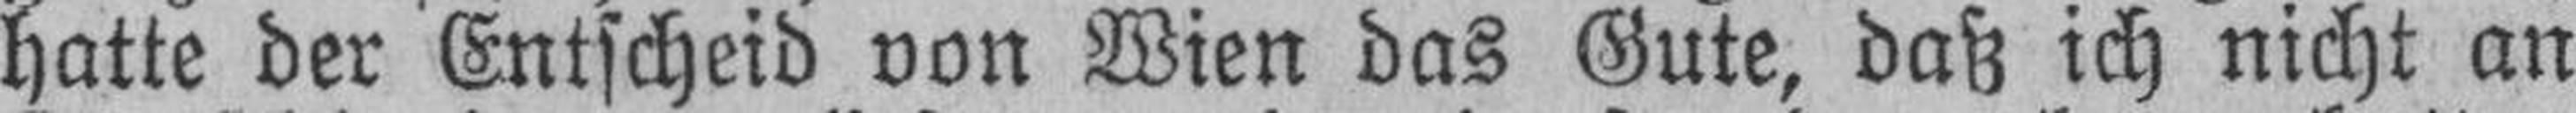
hatte der Entscheid von Wien das Gute, daß ich nicht an